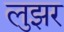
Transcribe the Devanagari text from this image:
लुझर